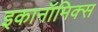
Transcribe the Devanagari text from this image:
इकानॉमिक्स